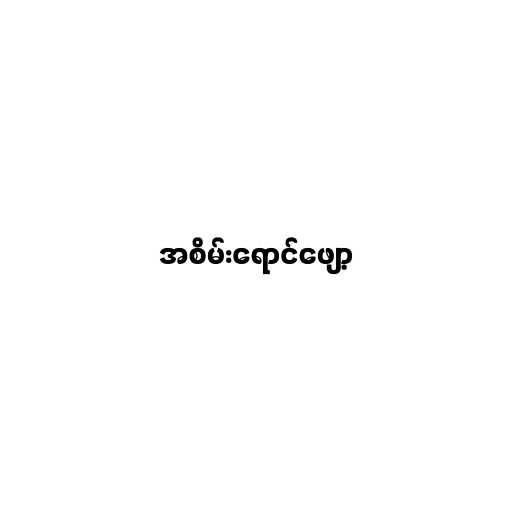
အစိမ်းရောင်ဖျော့